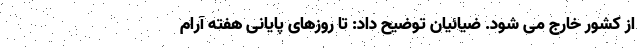
از کشور خارج می شود. ضیائیان توضیح داد: تا روزهای پایانی هفته آرام